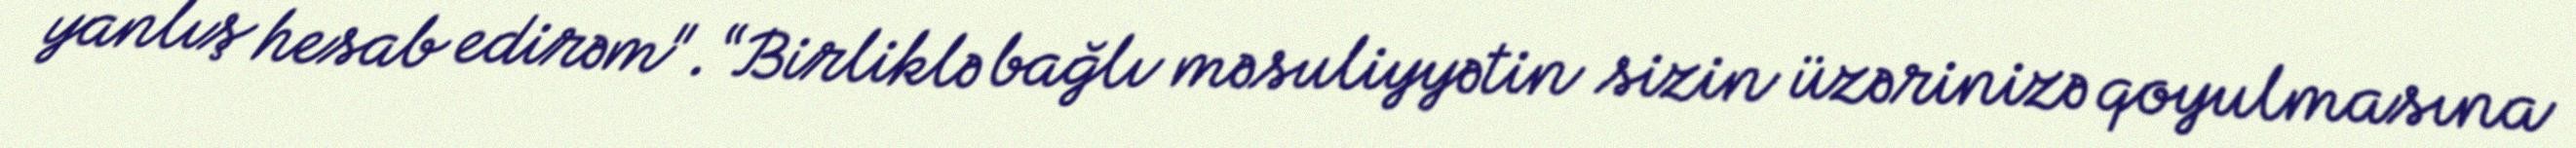
yanlış hesab edirəm".“Birliklə bağlı məsuliyyətin sizin üzərinizə qoyulmasına